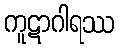
ကူဋာဂါရဿ